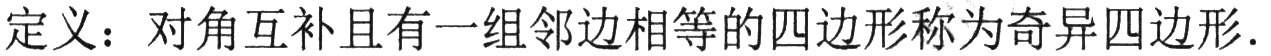
定义：对角互补且有一组邻边相等的四边形称为奇异四边形.